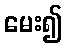
မေး၍